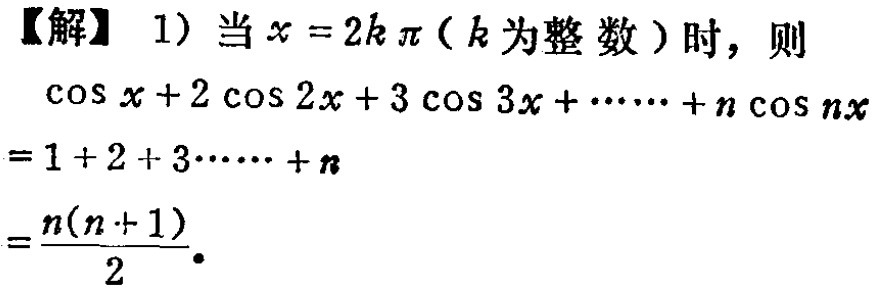
【解】1) 当 \(x = 2k\pi\)（\(k\)为整数）时，则

\(\cos x + 2\cos 2x + 3\cos 3x + \cdots + n\cos nx\)

\(= 1 + 2 + 3\cdots + n\)

\(=\frac{n(n + 1)}{2}\).